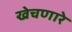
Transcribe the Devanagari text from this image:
खेचणारे